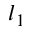
l _ { 1 }